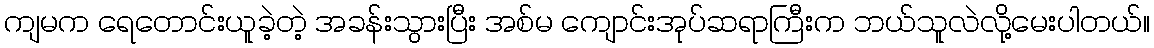
ကျမက ရေတောင်းယူခဲ့တဲ့ အခန်းသွားပြီး အစ်မ ကျောင်းအုပ်ဆရာကြီးက ဘယ်သူလဲလို့မေးပါတယ်။